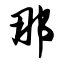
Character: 那